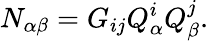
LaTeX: N_{\alpha\beta}=G_{ij}Q_{\alpha}^{i}Q_{\beta}^{j}.